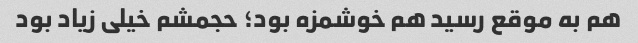
هم به موقع رسید هم خوشمزه بود؛ حجمشم خیلی زیاد بود